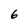
Character: 6